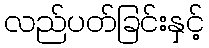
လည်ပတ်ခြင်းနှင့်